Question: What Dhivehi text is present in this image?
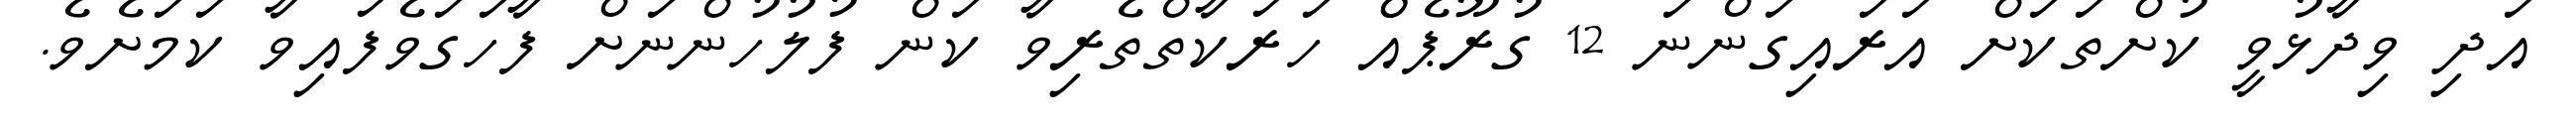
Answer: އަދި ވިދާޅުވީ ކުށްތަކަށް އަރައިގަންނަ 12 ގުރޫޕެއްް ހަރަކާތްތެރިވާ ކަން ފުލުހުންނަށް ފާހަގަވެފައިވާ ކަމަށެވެ.